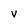
Character: V